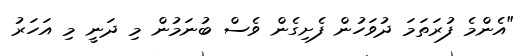
"އެންމެ ފުރަތަމަ ދުވަހުން ފެށިގެން ވެސް ބުނަމުން މި ދަނީ މި އަހަރު